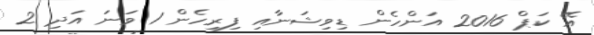
އޭ ކަޕް 2016 އަންހެން ޑިވިޝަނާއި ފިރިހެން 1 ވަނަ އަދި 2